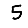
Digit: 5